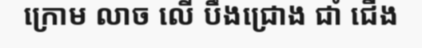
ក្រោម លាច លើ បឹងជ្រោង ជាំ ជើង